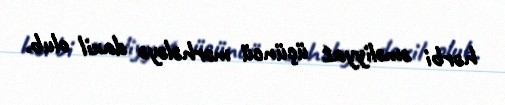
hərbi əməliyyat üçüncü mərhələyə daxil olub.